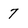
Character: 7